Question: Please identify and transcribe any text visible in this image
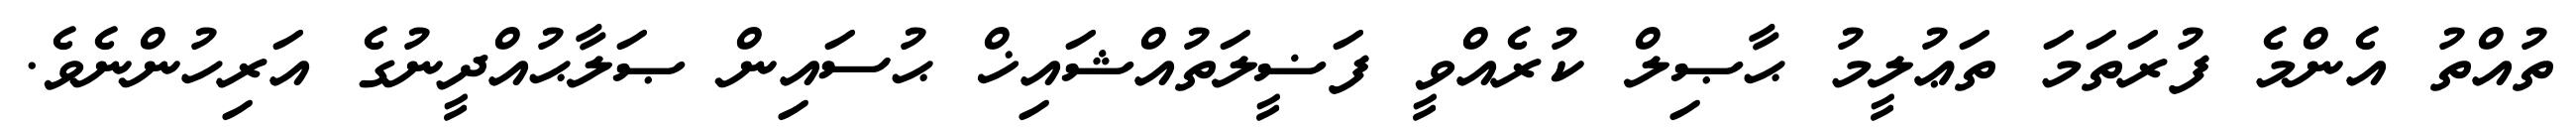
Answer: ތުއްތު އެންމެ ފުރަތަމަ ތަޢުލީމު ޙާޞިލް ކުރެއްވީ ފަޟީލަތުއްޝައިޚް ޙުސައިން ޞަލާޙުއްދީނުގެ އަރިހުންނެވެ.